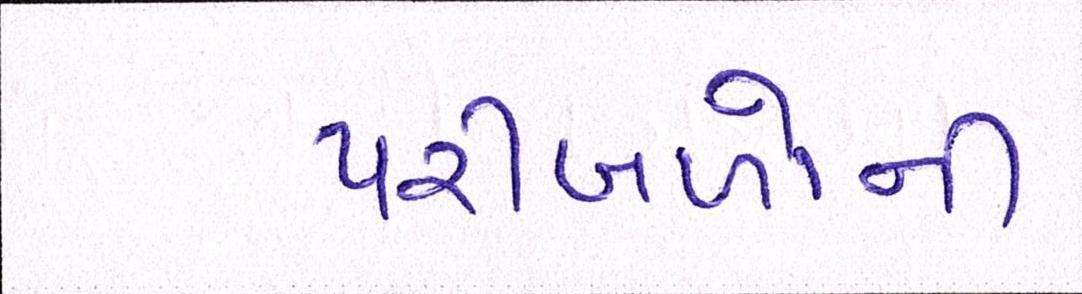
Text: પરીબળોની